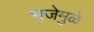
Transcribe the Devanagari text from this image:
भुजेमुळे